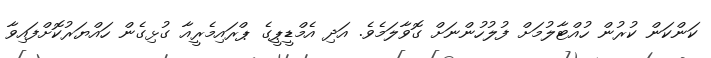
ކަންކަން ކުރުން ހުއްޓާލުމަށް ފުލުހުންނަށް ގޮވާލަމެވެ. އަދި އެމްޑީޕީގެ ޕްރައިމެރީއާ ގުޅިގެން ހައްޔަރުކޮށްފައިވާ